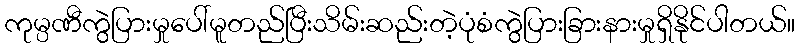
ကုမ္ပဏီကွဲပြားမှုပေါ်မူတည်ပြီးသိမ်းဆည်းတဲ့ပုံစံကွဲပြားခြားနားမှုရှိနိုင်ပါတယ်။